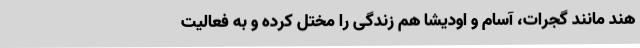
هند مانند گجرات، آسام و اودیشا هم زندگی را مختل کرده و به فعالیت